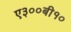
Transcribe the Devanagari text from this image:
ए३००बी१०